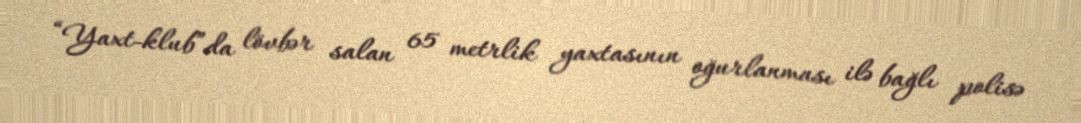
“Yaxt-klub”da lövbər salan 65 metrlik yaxtasının oğurlanması ilə bağlı polisə